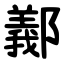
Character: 䣡